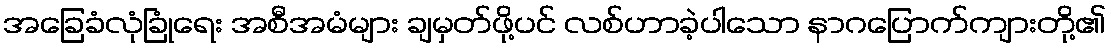
အခြေခံလုံခြုံရေး အစီအမံများ ချမှတ်ဖို့ပင် လစ်ဟာခဲ့ပါသော နာဂပြောက်ကျားတို့၏